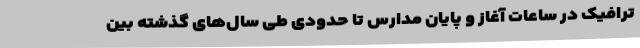
ترافیک در ساعات آغاز و پایان مدارس تا حدودی طی سال‌های گذشته بین